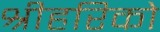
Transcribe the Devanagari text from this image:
श्रीहरिको